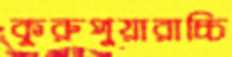
কুরুপুয়ারাচ্চি